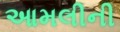
આમલીની